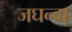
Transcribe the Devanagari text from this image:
जघन्वा